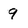
Character: 9